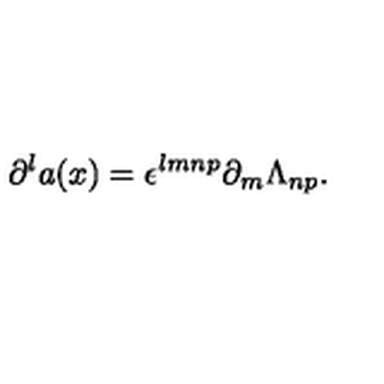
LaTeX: \partial ^ { l } a ( x ) = \epsilon ^ { l m n p } \partial _ { m } \Lambda _ { n p } .